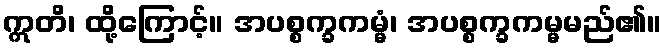
ဣတိ၊ ထို့ကြောင့်။ အပစ္စက္ခကမ္မံ၊ အပစ္စက္ခကမ္မမည်၏။